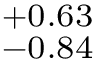
^ { + 0 . 6 3 } _ { - 0 . 8 4 }